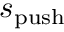
s _ { \mathrm { p u s h } }